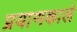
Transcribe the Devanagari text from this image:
प्रयाणकाले